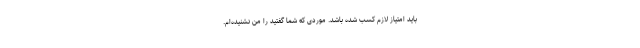
باید امتیاز لازم کسب شده باشد. موردی که شما گفتید را من نشنیده‌ام.